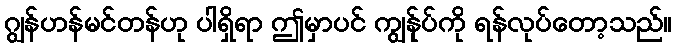
ဂျွန်ဟန်မင်တန်ဟု ပါရှိရာ ဤမှာပင် ကျွန်ုပ်ကို ရန်လုပ်တော့သည်။